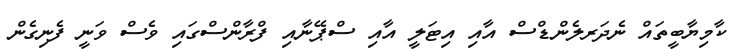
ކާމިޔާބީތައް ނެދަރލެންޑްސް އާއި އިޓަލީ އާއި ސްޕޭނާއި ފްރާންސްގައި ވެސް ވަނީ ފެނިގެން